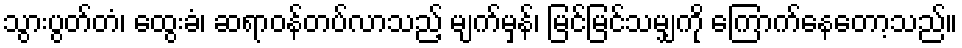
သွားပွတ်တံ၊ ထွေးခံ၊ ဆရာဝန်တပ်လာသည့် မျက်မှန်၊ မြင်မြင်သမျှကို ကြောက်နေတော့သည်။